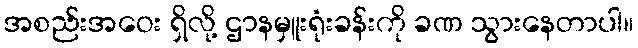
အစည်းအဝေး ရှိလို့ ဌာနမှူးရုံးခန်းကို ခဏ သွားနေတာပါ။